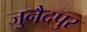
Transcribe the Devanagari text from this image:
जुनैदपुर